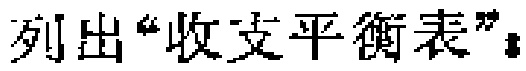
列出“收支平衡表”。